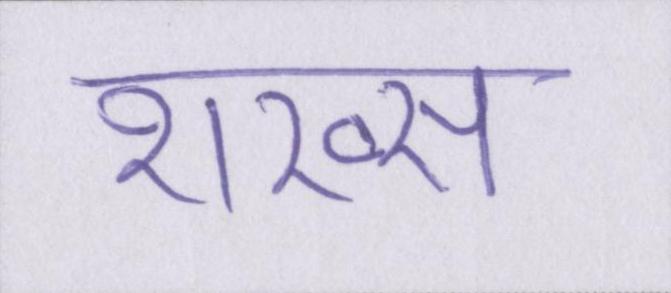
शख्स